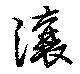
瀼